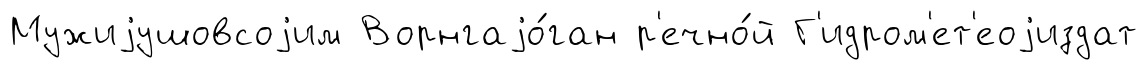
Мужиjушовсоjим Ворнгаjо́ган р'ечно́й Г'идром'ет'еоjиздат